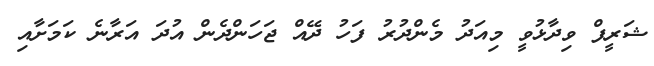
ޝަރީފް ވިދާޅުވީ މިއަދު މެންދުރު ފަހު ދޭއް ޖަހަންދެން އުދަ އަރާނެ ކަމަށާއި